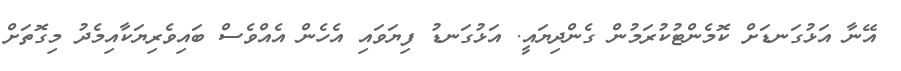
އޭނާ އަޅުގަނޑަށް ކޮމެންޓުކުރަމުން ގެންދިޔައީ. އަޅުގަނޑު ފިޔަވައި އެހެން އެއްވެސް ބައިވެރިޔަކާއިމެދު މިގޮތަށް